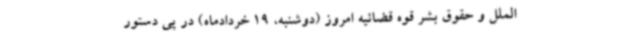
الملل و حقوق بشر قوه قضائیه امروز (دوشنبه، 19 خردادماه) در پی دستور